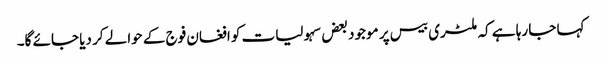
کہا جا رہا ہے کہ ملٹری بیس پر موجود بعض سہولیات کو افغان فوج کے حوالے کر دیا جائے گا۔